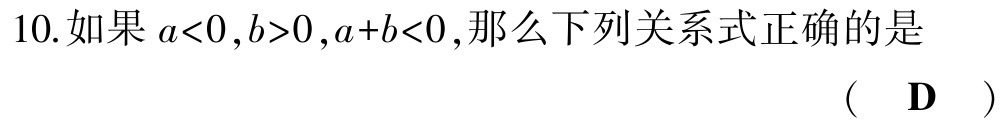
10.如果\(a<0,b>0,a + b<0\),那么下列关系式正确的是
（  D  ）